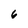
Character: 6